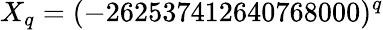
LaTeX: X_{q}=(-262537412640768000)^{q}